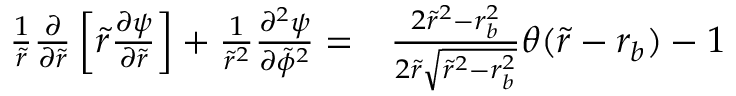
\begin{array} { r l } { \frac { 1 } { \tilde { r } } \frac { \partial } { \partial \tilde { r } } \left[ \tilde { r } \frac { \partial \psi } { \partial \tilde { r } } \right] + \frac { 1 } { \tilde { r } ^ { 2 } } \frac { \partial ^ { 2 } \psi } { \partial \tilde { \phi } ^ { 2 } } = } & { { } \frac { 2 \tilde { r } ^ { 2 } - r _ { b } ^ { 2 } } { 2 \tilde { r } \sqrt { \tilde { r } ^ { 2 } - r _ { b } ^ { 2 } } } \theta ( \tilde { r } - r _ { b } ) - 1 } \end{array}